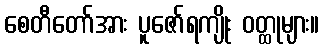
စေတီတော်အား ပူဇော်ရကျိုး ဝတ္ထုများ။